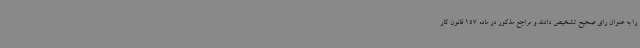
را به عنوان رای صحیح تشخیص دادند و مراجع مذکور در ماده 157 قانون کار